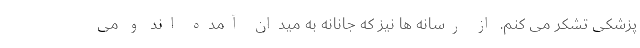
پزشکی تشکر می کنم. از رسانه ها نیز که جانانه به میدان آمده اند و می